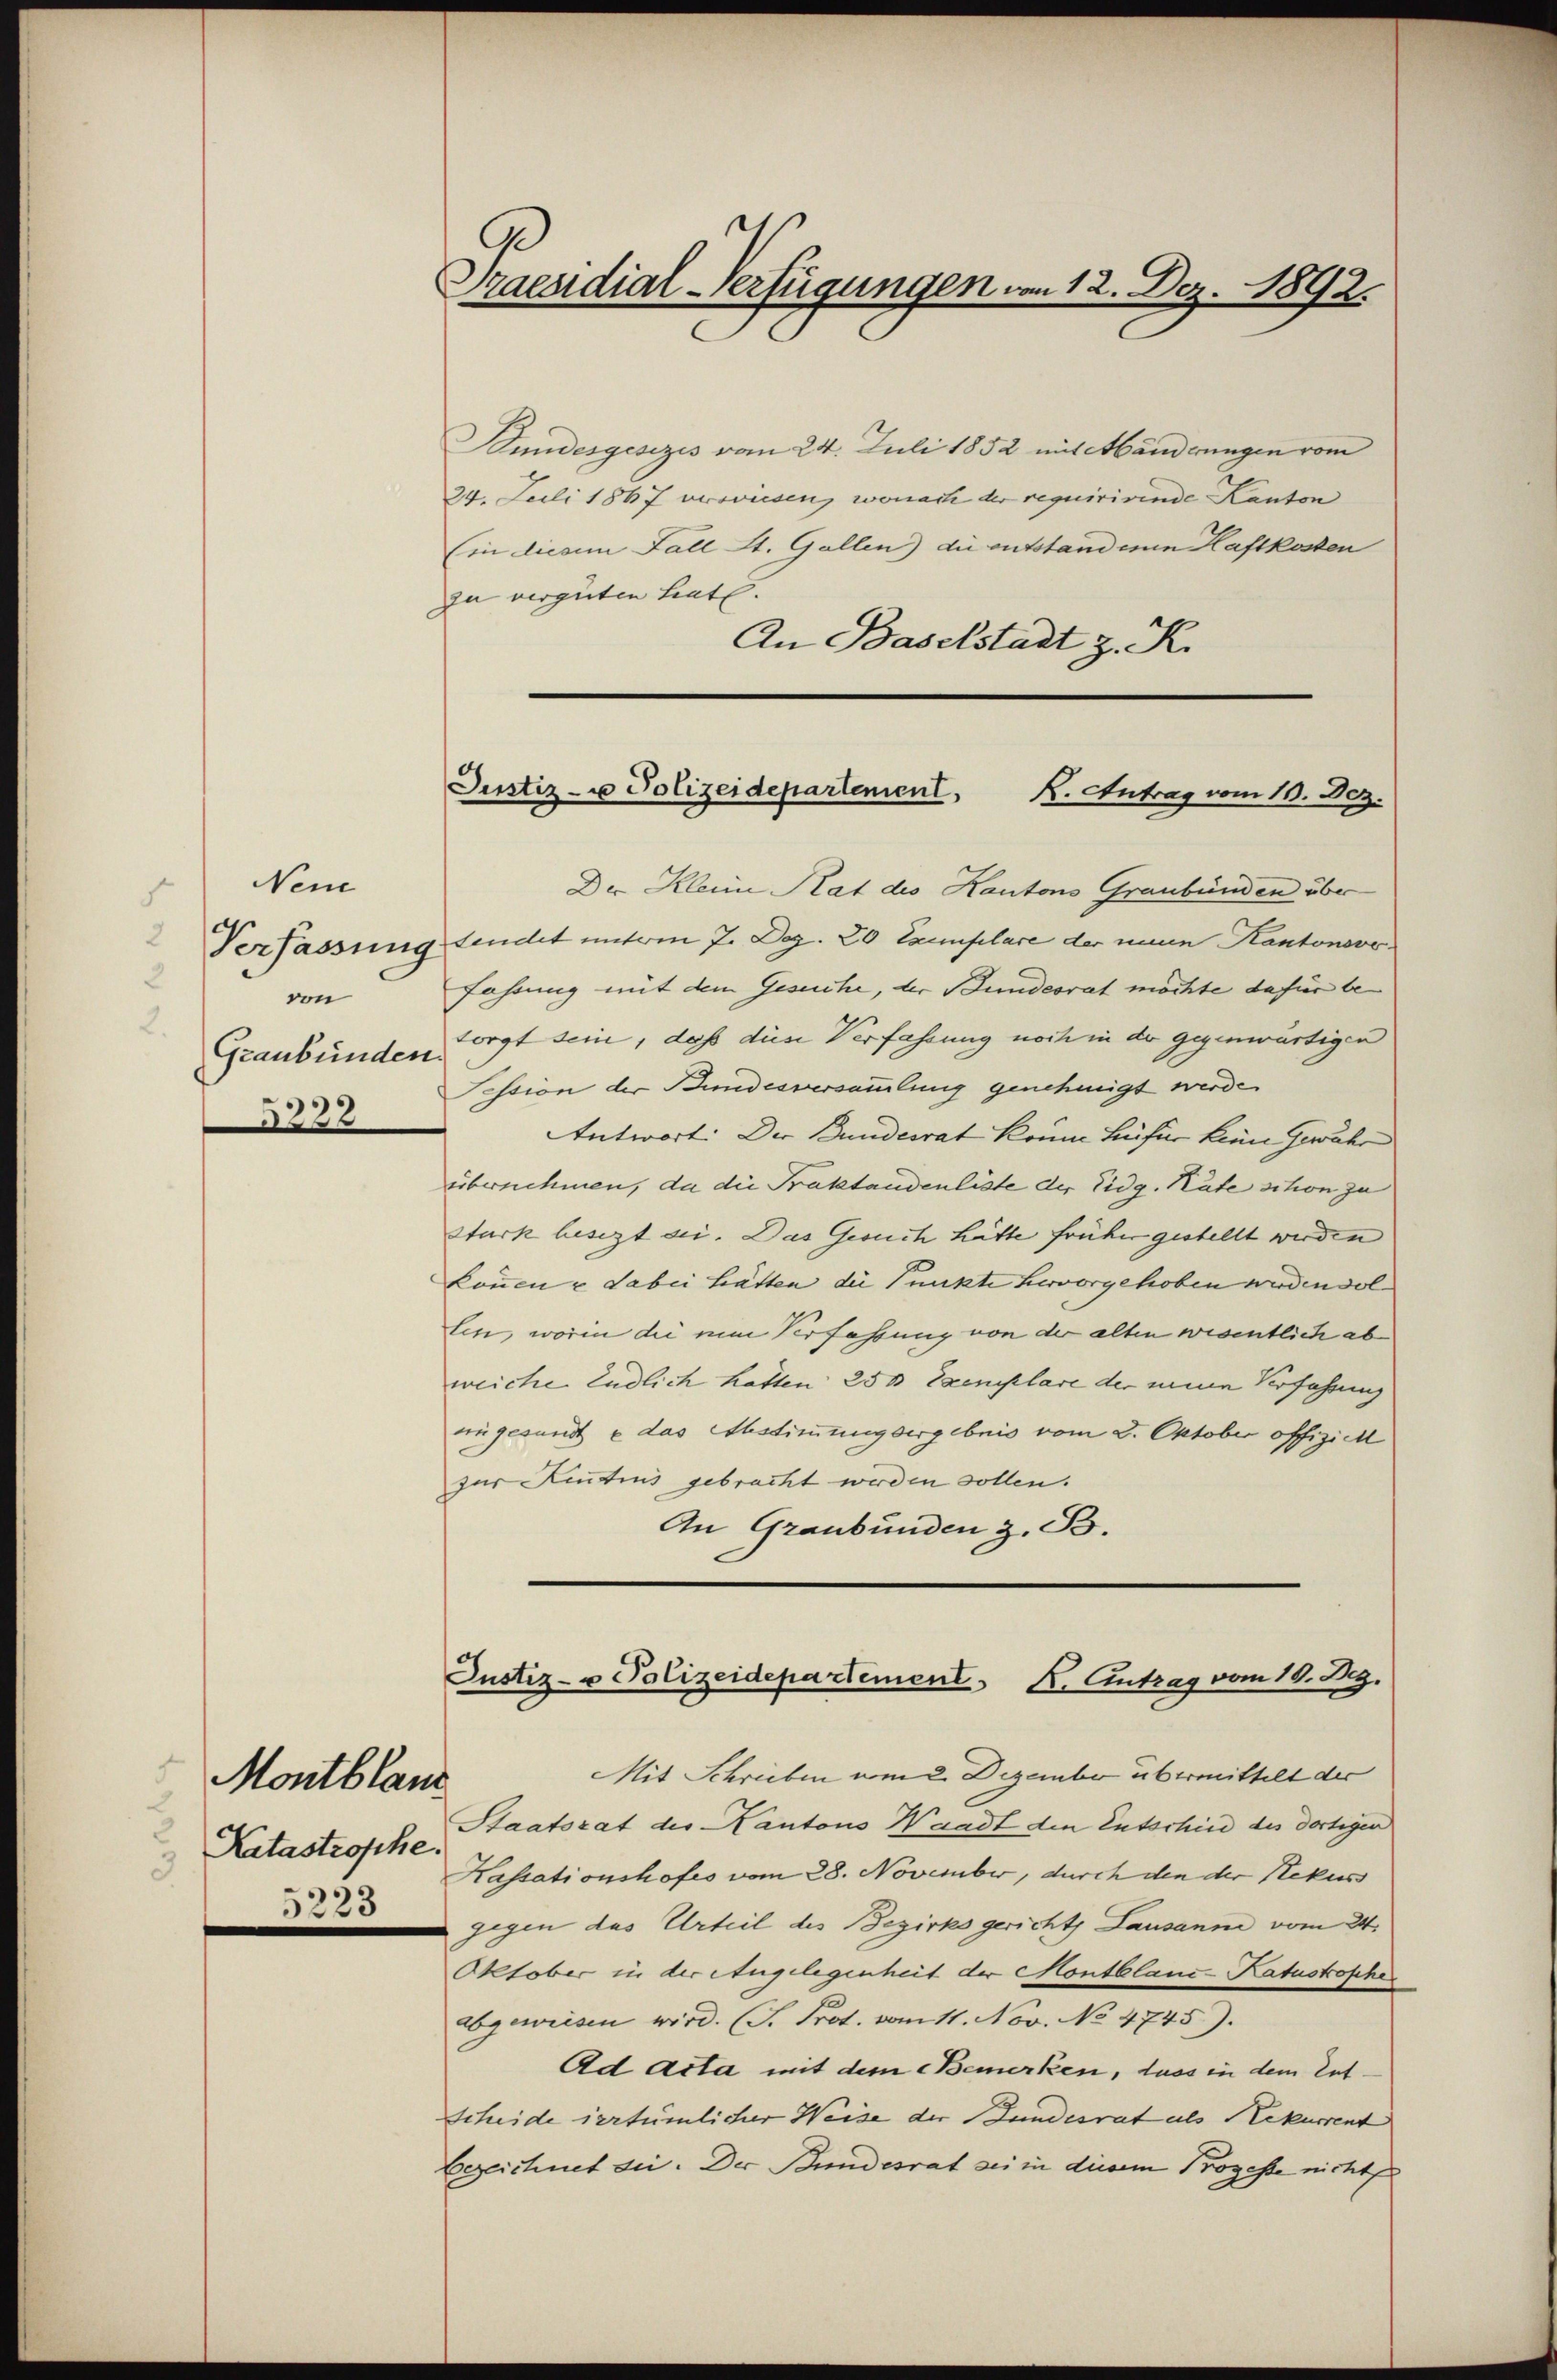
Nein
Verfassung
von
Graubünden.
5222

Katastrophe.
5223

Montblanz

Praesidial-Verfügungen von 12. Dez. 1892.
s

Bundesgesezes vom 24. Juli 1852 mit Abänderungen vom
24. Juli 1867 verwiesen, wonach der requirirende Kanton
(in diesem Fall St. Gallen) die entstandern Haftkosten
zu vergüten hat.
An Baselstadt z. R.

Justiz- u Polizeidepartement, K. Antrag vom 19. Dez.

Der Klein Rat des Kantons Graubünden über
tendet unterm 7. Dez. 20 Exemplare der eine Kantonsorfahrung mit dem Gesuche, der Bundesrat möchte dafür be
sorgt sein, daß diese Verfassung noch in der gegenwärtigen
Sission der Bundesversammlung genehmigt werde.
Antwort: Der Bundesrat keine Befür kein Gewähr
übernehmen, da die Praktandenliste der Eidg. Rate schon zu
Stark besezt sei. Das Gesuch hätte früher gestellt werden
können u dabei hätten die Punkte hervorgehoben werdendol
len, worin die ein Verfassung von der alten wesentlich ab
weiche Endlich hatten 250 Exemplare der neuen Verfahrung
ringesandt e das Abstimmungsergebnis vom 2. Oktober offiziel
zur Kentnis gebracht werden sollen.
An Graubünden z. B.

Justiz- u Polizeidepartement K. Antrag vom 10. Aug.
Mit Schrieben vom 2. Dezember übermittelt der

Staatsrat des Kantons Waadt den Entschied des dortigen
Kassationshofes vom 28. November, durch den der Rekuss
 gegen das Urteil des Bezirksgericht Lausanne vom 24.
Oktober in der Angelegenheit der Montblanc-Katastrophe
abgewiesen wird. (S. Prot. vom 11. Nov. No 4745).
Ad Acta mit dem Bemerken, dass in dem Ent¬
Scheide vertümlicher Weise der Bundesrat als Rekurrent
Bezeichnet die. Der Bundesrat sei in diesem Prozesse nichts